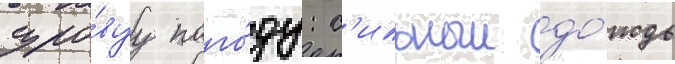
суро́вуу пого́ду: с'ильныи до́ждь